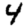
Digit: 4